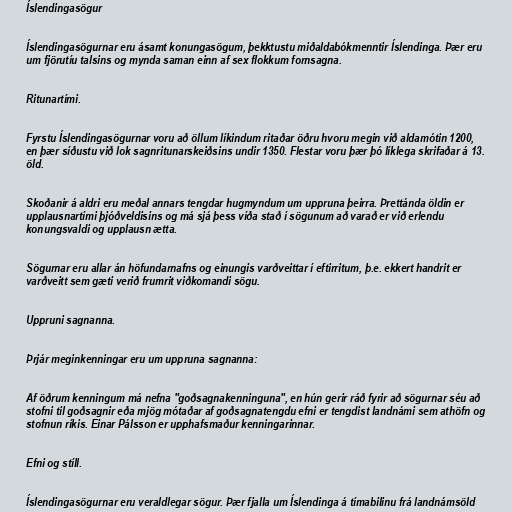
Íslendingasögur

Íslendingasögurnar eru ásamt konungasögum, þekktustu miðaldabókmenntir Íslendinga. Þær eru
um fjörutíu talsins og mynda saman einn af sex flokkum fornsagna.

Ritunartími.

Fyrstu Íslendingasögurnar voru að öllum líkindum ritaðar öðru hvoru megin við aldamótin 1200,
en þær síðustu við lok sagnritunarskeiðsins undir 1350. Flestar voru þær þó líklega skrifaðar á 13.
öld.

Skoðanir á aldri eru meðal annars tengdar hugmyndum um uppruna þeirra. Þrettánda öldin er
upplausnartími þjóðveldisins og má sjá þess víða stað í sögunum að varað er við erlendu
konungsvaldi og upplausn ætta.

Sögurnar eru allar án höfundarnafns og einungis varðveittar í eftirritum, þ.e. ekkert handrit er
varðveitt sem gæti verið frumrit viðkomandi sögu.

Uppruni sagnanna.

Þrjár meginkenningar eru um uppruna sagnanna:

Af öðrum kenningum má nefna "goðsagnakenninguna", en hún gerir ráð fyrir að sögurnar séu að
stofni til goðsagnir eða mjög mótaðar af goðsagnatengdu efni er tengdist landnámi sem athöfn og
stofnun ríkis. Einar Pálsson er upphafsmaður kenningarinnar.

Efni og stíll.

Íslendingasögurnar eru veraldlegar sögur. Þær fjalla um Íslendinga á tímabilinu frá landnámsöld